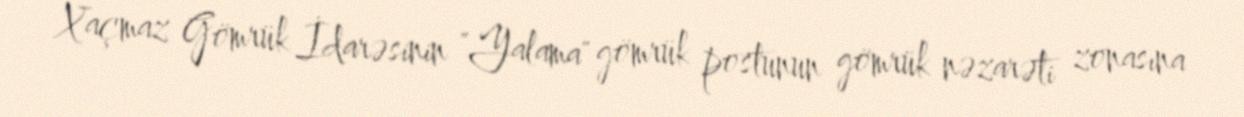
Xaçmaz Gömrük İdarəsinin "Yalama" gömrük postunun gömrük nəzarəti zonasına